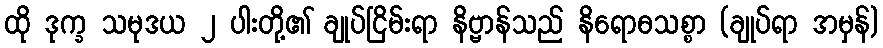
ထို ဒုက္ခ သမုဒယ ၂ ပါးတို့၏ ချုပ်ငြိမ်းရာ နိဗ္ဗာန်သည် နိရောဓသစ္စာ (ချုပ်ရာ အမှန်)